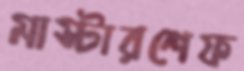
মাস্টারশেফ